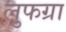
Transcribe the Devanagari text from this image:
लुफग्रा